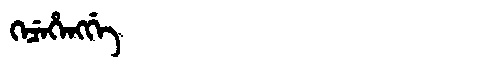
Manchu: ᡴᡝᠴᡝᡥᡝᠩᡤᡝ
Romanization: KECEHENGGE